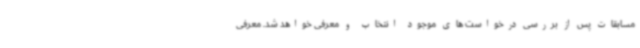
مسابقات پس از بررسی درخواست های موجود انتخاب و معرفی خواهد شد. معرفی